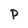
Character: P